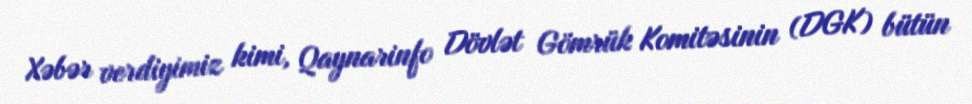
Xəbər verdiyimiz kimi, Qaynarinfo Dövlət Gömrük Komitəsinin (DGK) bütün